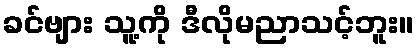
ခင်ဗျား သူ့ကို ဒီလိုမညာသင့်ဘူး။